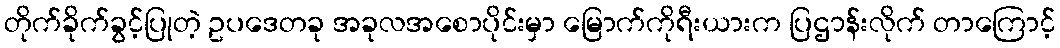
တိုက်ခိုက်ခွင့်ပြုတဲ့ ဥပဒေတခု အခုလအစောပိုင်းမှာ မြောက်ကိုရီးယားက ပြဌာန်းလိုက် တာကြောင့်